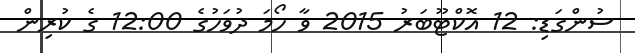
ސުންގަޑި: 12 އޮކްޓޫބަރު 2015 ވާ ހޯމަ ދުވަހުގެ 12:00 ގެ ކުރިން